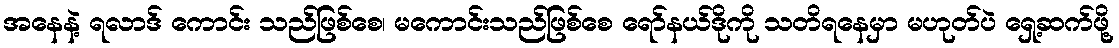
အနေနဲ့ ရလာဒ် ကောင်း သည်ဖြစ်စေ၊ မကောင်းသည်ဖြစ်စေ ရော်နယ်ဒိုကို သတိရနေမှာ မဟုတ်ပဲ ရှေ့ဆက်ဖို့